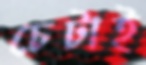
চেটাই